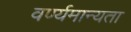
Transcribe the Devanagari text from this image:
वर्ण्यमान्यता